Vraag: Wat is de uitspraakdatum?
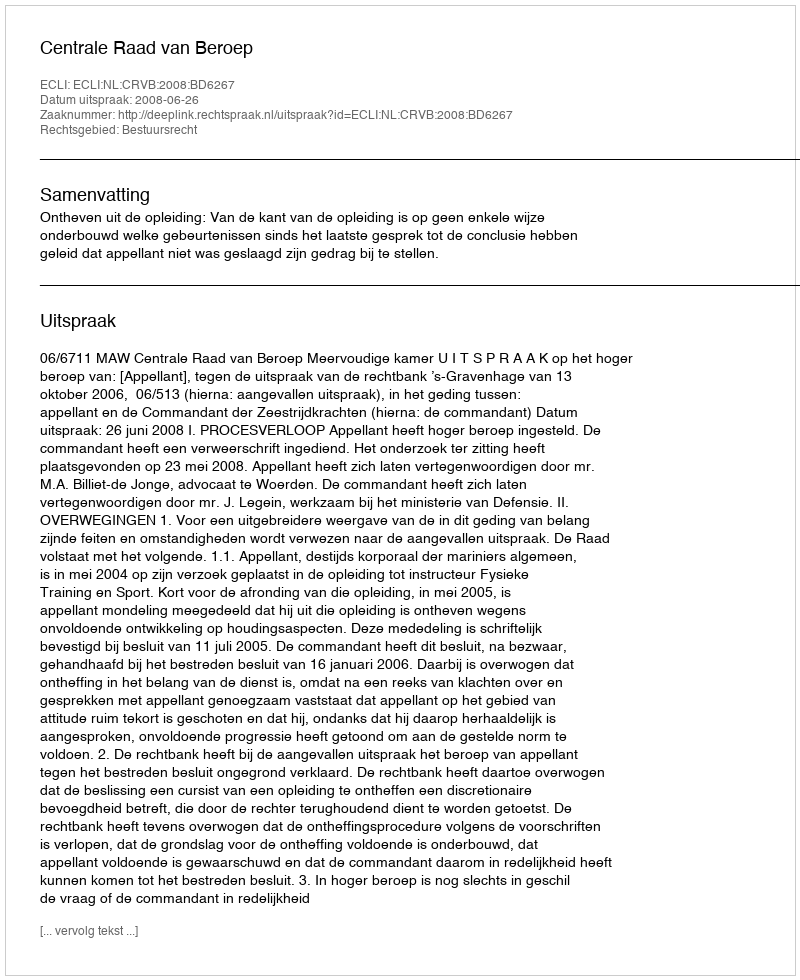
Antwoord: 2008-06-26